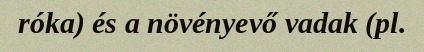
róka) és a növényevő vadak (pl.